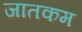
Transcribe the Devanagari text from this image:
जातकम